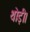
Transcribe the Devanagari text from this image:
थोड़ी।